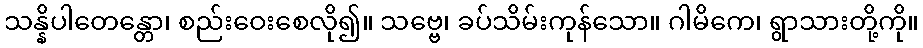
သန္နိပါတေန္တော၊ စည်းဝေးစေလို၍။ သဗ္ဗေ၊ ခပ်သိမ်းကုန်သော။ ဂါမိကေ၊ ရွာသားတို့ကို။